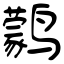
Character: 鹲